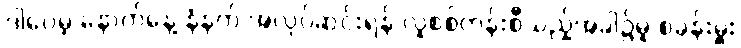
ဒါပေမဲ့ နောက်နေ့ နံနက် အလုပ်ဆင်းရန် လူစစ်တန်းစီသည့်အခါ၌မူ စခန်းမှူး